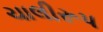
ચાલીરૂપ